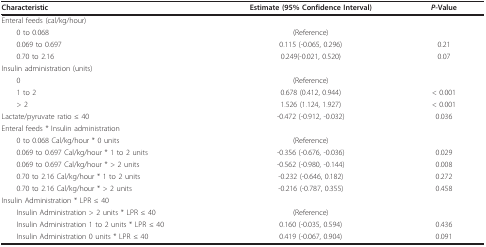
<table><thead><tr><td><b>Characteristic</b></td><td><b>Estimate (95% Confidence Interval)</b></td><td><b><i>P-</i>Value</b></td></tr></thead><tbody><tr><td>Enteral feeds (cal/kg/hour)</td><td></td><td></td></tr><tr><td> 0 to 0.068</td><td>(Reference)</td><td></td></tr><tr><td> 0.069 to 0.697</td><td>0.115 (-0.065, 0.296)</td><td>0.21</td></tr><tr><td> 0.70 to 2.16</td><td>0.249(-0.021, 0.520)</td><td>0.07</td></tr><tr><td>Insulin administration (units)</td><td></td><td></td></tr><tr><td> 0</td><td>(Reference)</td><td></td></tr><tr><td> 1 to 2</td><td>0.678 (0.412, 0.944)</td><td>&lt; 0.001</td></tr><tr><td> &gt; 2</td><td>1.526 (1.124, 1.927)</td><td>&lt; 0.001</td></tr><tr><td>Lactate/pyruvate ratio ≤ 40</td><td>-0.472 (-0.912, -0.032)</td><td>0.036</td></tr><tr><td>Enteral feeds * Insulin administration</td><td></td><td></td></tr><tr><td> 0 to 0.068 Cal/kg/hour * 0 units</td><td>(Reference)</td><td></td></tr><tr><td> 0.069 to 0.697 Cal/kg/hour * 1 to 2 units</td><td>-0.356 (-0.676, -0.036)</td><td>0.029</td></tr><tr><td> 0.069 to 0.697 Cal/kg/hour * &gt; 2 units</td><td>-0.562 (-0.980, -0.144)</td><td>0.008</td></tr><tr><td> 0.70 to 2.16 Cal/kg/hour * 1 to 2 units</td><td>-0.232 (-0.646, 0.182)</td><td>0.272</td></tr><tr><td> 0.70 to 2.16 Cal/kg/hour * &gt; 2 units</td><td>-0.216 (-0.787, 0.355)</td><td>0.458</td></tr><tr><td>Insulin Administration * LPR ≤ 40</td><td></td><td></td></tr><tr><td> Insulin Administration &gt; 2 units * LPR ≤ 40</td><td>(Reference)</td><td></td></tr><tr><td> Insulin Administration 1 to 2 units * LPR ≤ 40</td><td>0.160 (-0.035, 0.594)</td><td>0.436</td></tr><tr><td> Insulin Administration 0 units * LPR ≤ 40</td><td>0.419 (-0.067, 0.904)</td><td>0.091</td></tr></tbody></table>